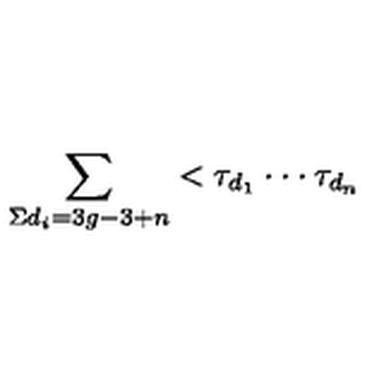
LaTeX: \sum _ { \Sigma d _ { i } = 3 g - 3 + n } < \tau _ { d _ { 1 } } \cdot \cdot \cdot \tau _ { d _ { n } }